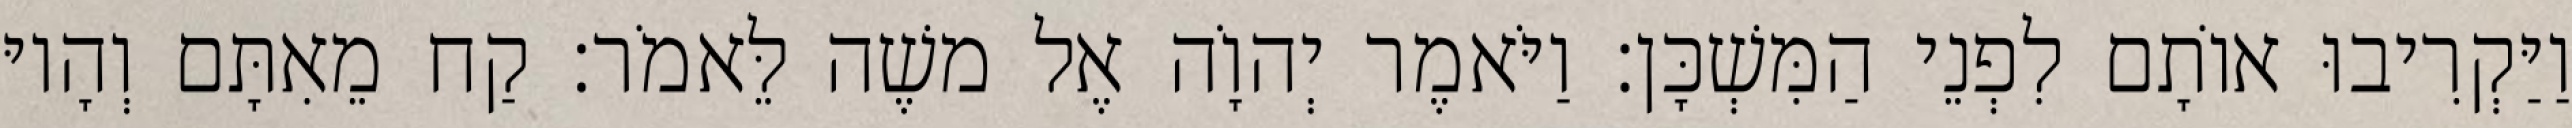
וַיַּקְרִיבוּ אוֹתָם לִפְנֵי הַמִּשְׁכָּן׃ וַיֹּאמֶר יְהוָֹה אֶל משֶׁה לֵּאמֹר׃ קַח מֵאִתָּם וְהָיוּ